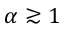
\alpha \gtrsim 1